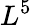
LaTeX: L^{5}